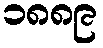
၁၈၈၉